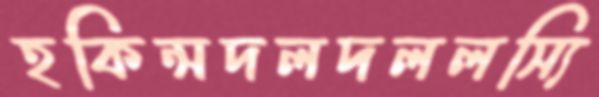
হকিন্সদলদললস্যি